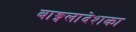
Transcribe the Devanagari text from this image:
बाङ्गलादेशका